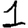
Digit: 1